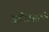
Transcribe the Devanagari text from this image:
भुईअस्वले